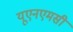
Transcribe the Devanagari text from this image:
यूएनएमसी